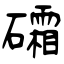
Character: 礵